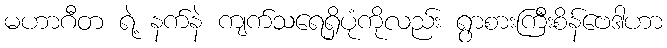
မဟာဂီတ ရဲ့ နက်နဲ ကျက်သရေရှိပုံကိုလည်း ရွာစားကြီးစိန်ဗေဒါဟာ